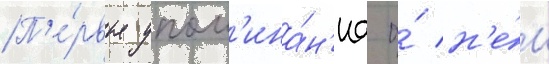
П'е́рвые упом'ина́н'иа о́ н'е́м